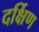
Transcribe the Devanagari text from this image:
दर्क्षिण